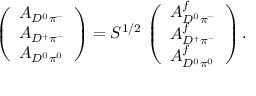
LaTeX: \left( \begin{array} { l } { { A _ { D ^ { 0 } \pi ^ { - } } } } \\ { { A _ { D ^ { + } \pi ^ { - } } } } \\ { { A _ { D ^ { 0 } \pi ^ { 0 } } } } \end{array} \right) = { \cal S } ^ { 1 / 2 } \, \left( \begin{array} { l } { { A _ { D ^ { 0 } \pi ^ { - } } ^ { f } } } \\ { { A _ { D ^ { + } \pi ^ { - } } ^ { f } } } \\ { { A _ { D ^ { 0 } \pi ^ { 0 } } ^ { f } } } \end{array} \right) .